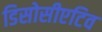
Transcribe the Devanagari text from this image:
डिसोसीएटिव